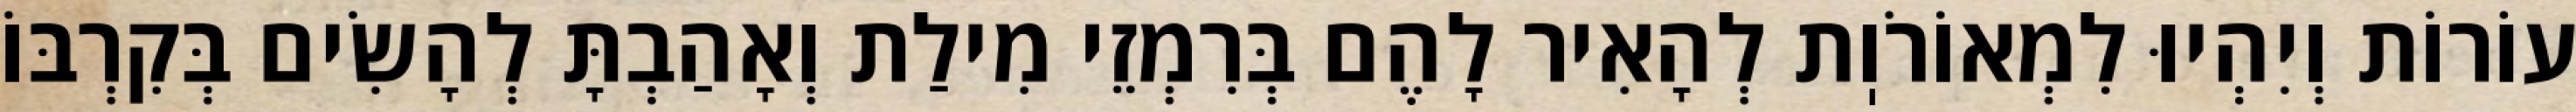
עוֹרוֹת וְיִהְיוּ לִמְאוֹרֹוֽת לְהָאִיר לָהֶם בְּרִמְזֵי מִילַת וְאָהַבְתָּ לְהָשִׂים בְּקִרְבּוֹ